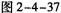
图2-4-37